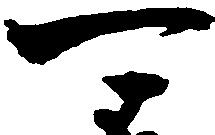
可